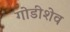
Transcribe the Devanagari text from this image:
गोडीशेव